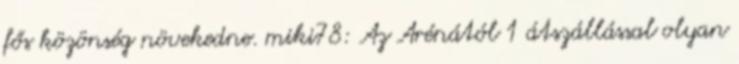
fős közönség növekedne. miki78: Az Arénától 1 átszállással olyan